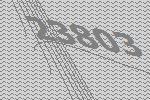
23803